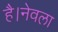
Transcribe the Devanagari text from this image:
है।नेवला